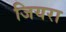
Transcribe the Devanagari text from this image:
जियरा